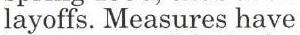
layoffs. Measures have